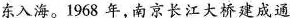
东入海。1968年，南京长江大桥建成通